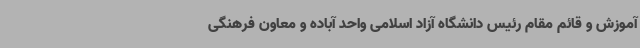
آموزش و قائم مقام رئیس دانشگاه آزاد اسلامی واحد آباده و معاون فرهنگی